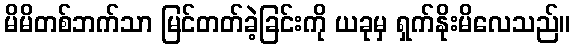
မိမိတစ်ဘက်သာ မြင်တတ်ခဲ့ခြင်းကို ယခုမှ ရှက်နိုးမိလေသည်။